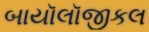
બાયૉલૉજીકલ